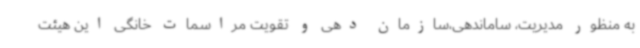
به منظور مدیریت، ساماندهی،سازمان دهی و تقویت مراسمات خانگی این هیئت